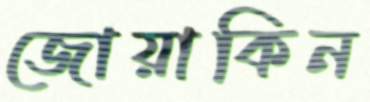
জোয়াকিন